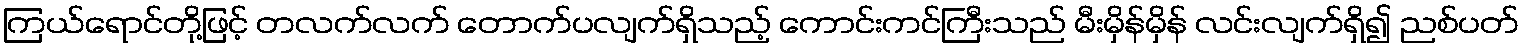
ကြယ်ရောင်တို့ဖြင့် တလက်လက် တောက်ပလျက်ရှိသည့် ကောင်းကင်ကြီးသည် မီးမှိန်မှိန် လင်းလျက်ရှိ၍ ညစ်ပတ်